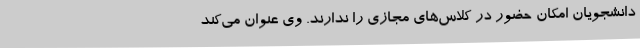
دانشجویان امکان حضور در کلاس‌های مجازی را ندارند. وی عنوان می‌کند